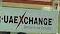
uaexchange